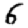
Digit: 6